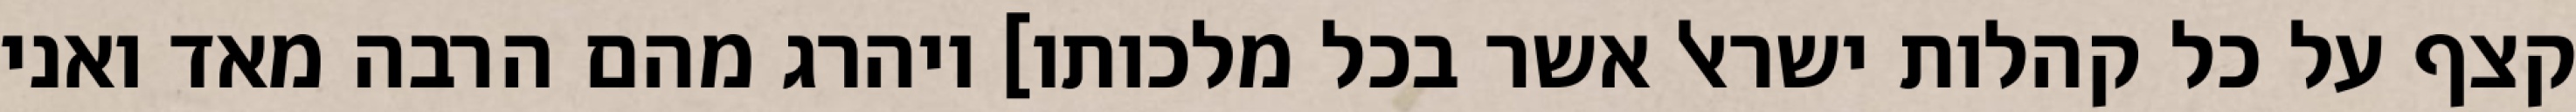
קצף על כל קהלות ישראל אשר בכל מלכותו] ויהרג מהם הרבה מאד ואני